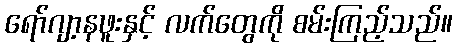
ရော်ဂျာ့နဖူးနှင့် လက်တွေကို စမ်းကြည့်သည်။